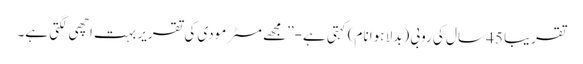
تقریبا 45 سال کی روبی (بدلا ہوا نام) کہتی ہے-’’مجھے مسٹر مودی کی تقریر بہت اچھی لگتی ہے۔